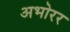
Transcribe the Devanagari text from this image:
अभोरर